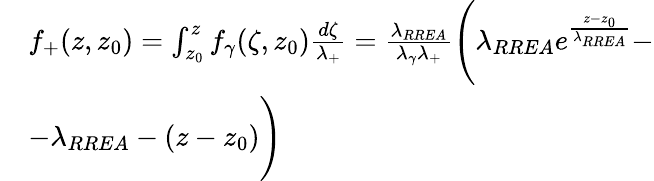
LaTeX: \begin{array}{rl}&{f_{+}(z,z_{0})=\int_{z_{0}}^{z}f_{\gamma}(\zeta,z_{0})\frac{d\zeta}{\lambda_{+}}=\frac{\lambda_{RREA}}{\lambda_{\gamma}\lambda_{+}}\Biggl(\lambda_{RREA}e^{\frac{z-z_{0}}{\lambda_{RREA}}}-}\\ &{-\lambda_{RREA}-(z-z_{0})\Biggr)}\end{array}